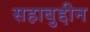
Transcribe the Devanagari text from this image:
सहाबुद्दीन